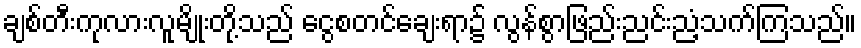
ချစ်တီးကုလားလူမျိုးတို့သည် ငွေစတင်ချေးရာ၌ လွန်စွာဖြည်းညင်းညံ့သက်ကြသည်။